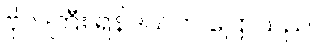
ဗိုလ်ကြီး ရန်ဒယ်က ပြောသည်။